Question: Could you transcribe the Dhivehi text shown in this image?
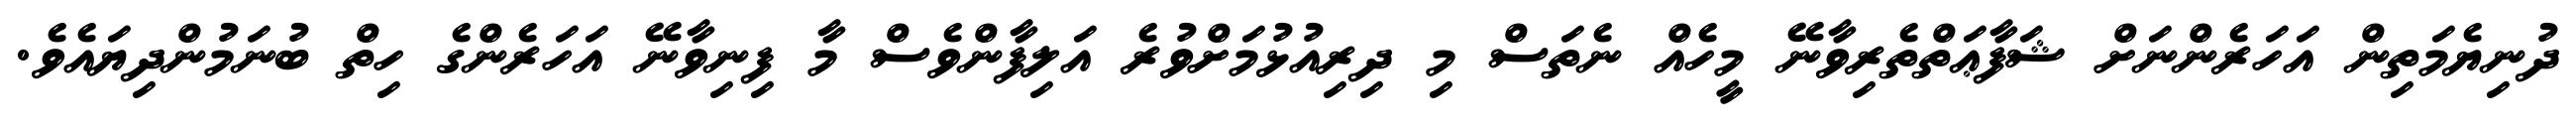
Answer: ދުނިޔެމަތިން އަހަރެންނަށް ޝަފާޢަތްތެރިވާނޭ މީހެއް ނެތަސް މި ދިރިއުޅުމަށްވުރެ އަލިފާންވެސް މާ ފިނިވާނޭ އަހަރެންގެ ހިތް ބުނަމުންދިޔައެވެ.